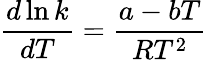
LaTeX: {\frac{d\ln k}{dT}}={\frac{a-bT}{RT^{2}}}